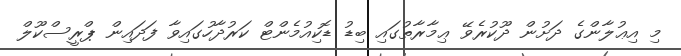
މި އިޢުލާންގެ ދަށުން ދޫކުރެވޭ ޢިމާރާތުގައި ބިޑު ޑޮކިއުމެންޓް ކަރުދާހުގައިވާ ފަދައިން ޕްރީސްކޫލް